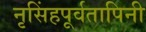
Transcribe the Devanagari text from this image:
नृसिंहपूर्वतापिनी